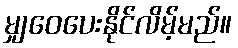
မျှဝေပေးနိုင်လိမ့်မည်။